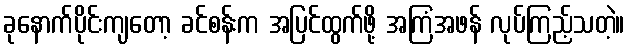
ခုနောက်ပိုင်းကျတော့ ခင်စန်းက အပြင်ထွက်ဖို့ အကြံအဖန် လုပ်ကြည့်သတဲ့။